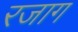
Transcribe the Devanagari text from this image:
रजाग